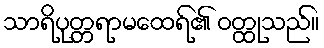
သာရိပုတ္တရာမထေရ်၏ ဝတ္ထုသည်။